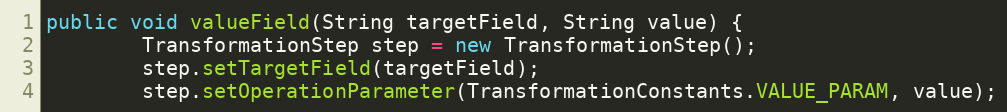
Language: Java
public void valueField(String targetField, String value) {
        TransformationStep step = new TransformationStep();
        step.setTargetField(targetField);
        step.setOperationParameter(TransformationConstants.VALUE_PARAM, value);